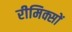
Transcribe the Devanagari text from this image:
रीमिक्सों